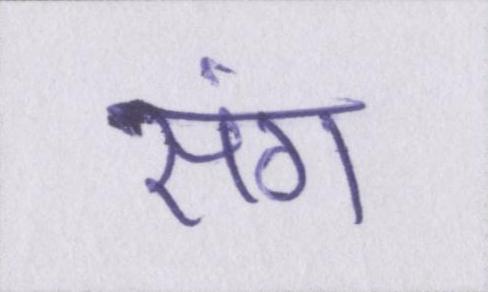
संग